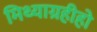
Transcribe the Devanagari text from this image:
मिथ्याग्रहीहो